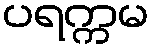
ပရက္ကမ